Scottish Leaving Certificate Examination, 1956
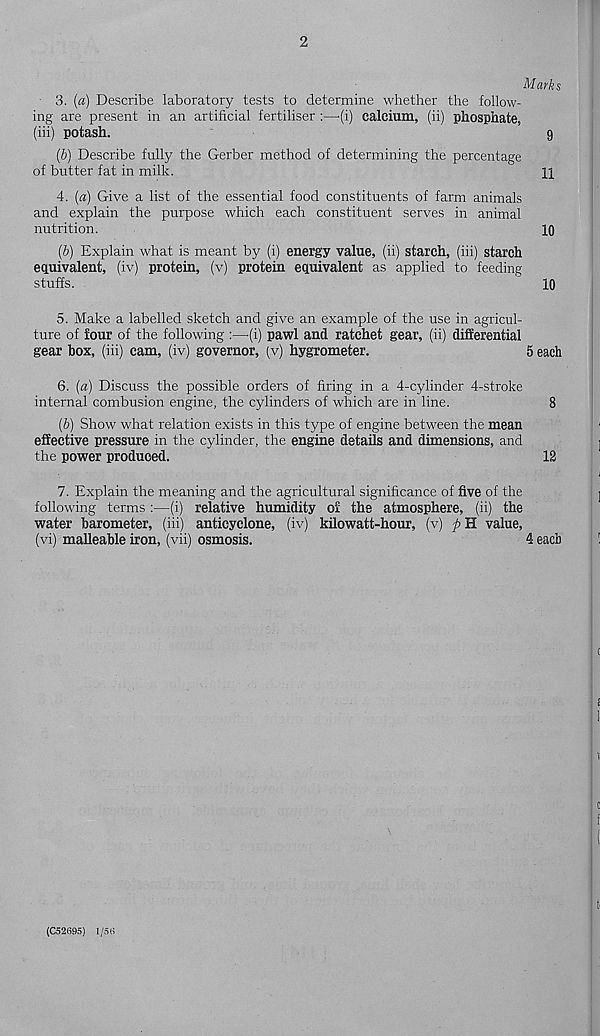
2
Marks
3. (a) Describe laboratory tests to determine whether the follow-
ing are present in an artificial fertiliser :—-(i) calcium, (ii) phosphate,
(iii) potash.
9
(b) Describe fully the Gerber method of determining the percentage
of butter fat in milk.
11
4. (a) Give a list of the essential food constituents of farm animals
and explain the purpose which each constituent serves in animal
nutrition.
10
(b) Explain what is meant by (i) energy value, (ii) starch, (iii) starch
equivalent, (iv) protein, (v) protein equivalent as applied to feeding
stuffs.
10
5. Make a labelled sketch and give an example of the use in agricul-
ture of four of the following :—-(i) pawl and ratchet gear, (ii) differential
gear box, (iii) cam, (iv) governor, (v) hygrometer.
5 each
6. (a) Discuss the possible orders of firing in a 4-cylinder 4-stroke
internal combusion engine, the cylinders of which are in line.
8
(b) Show what relation exists in this type of engine between the mean
effective pressure in the cylinder, the engine details and dimensions, and
the power produced.
12
7. Explain the meaning and the agricultural significance of five of the
following terms :—(i) relative humidity of the atmosphere, (ii) the
water barometer, (iii) anticyclone, (iv) kilowatt-hour, (v) ft H value,
(vi) malleable iron, (vii) osmosis.
4 each
(C52695) 1/56